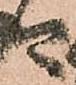
や